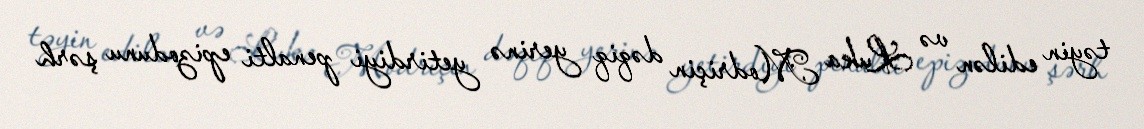
təyin edilən və Luka Modriçin dəqiq yerinə yetirdiyi penalti epizodunu şərh